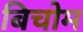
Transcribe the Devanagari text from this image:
बिचोम